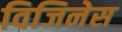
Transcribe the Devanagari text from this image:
विजिनेस